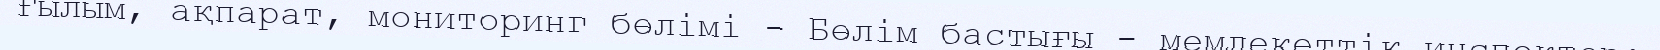
Ғылым, ақпарат, мониторинг бөлімі - Бөлім бастығы - мемлекеттік инспектор;